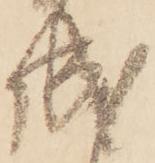
成